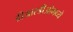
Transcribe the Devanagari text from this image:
डीआरडीओमध्ये